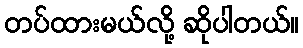
တပ်ထားမယ်လို့ ဆိုပါတယ်။